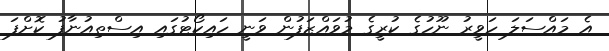
އެ މައްސަލަ ހަވީރު ނޫހުގެ ކުރީގެ މުވައްޒަފުން ވަނީ ހައިކޯޓުގައި އިސްތިއުނާފު ކޮށްފަ